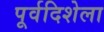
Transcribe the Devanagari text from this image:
पूर्वदिशेला